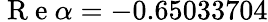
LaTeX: \mathrm{~R~e~}\alpha=-0.65033704